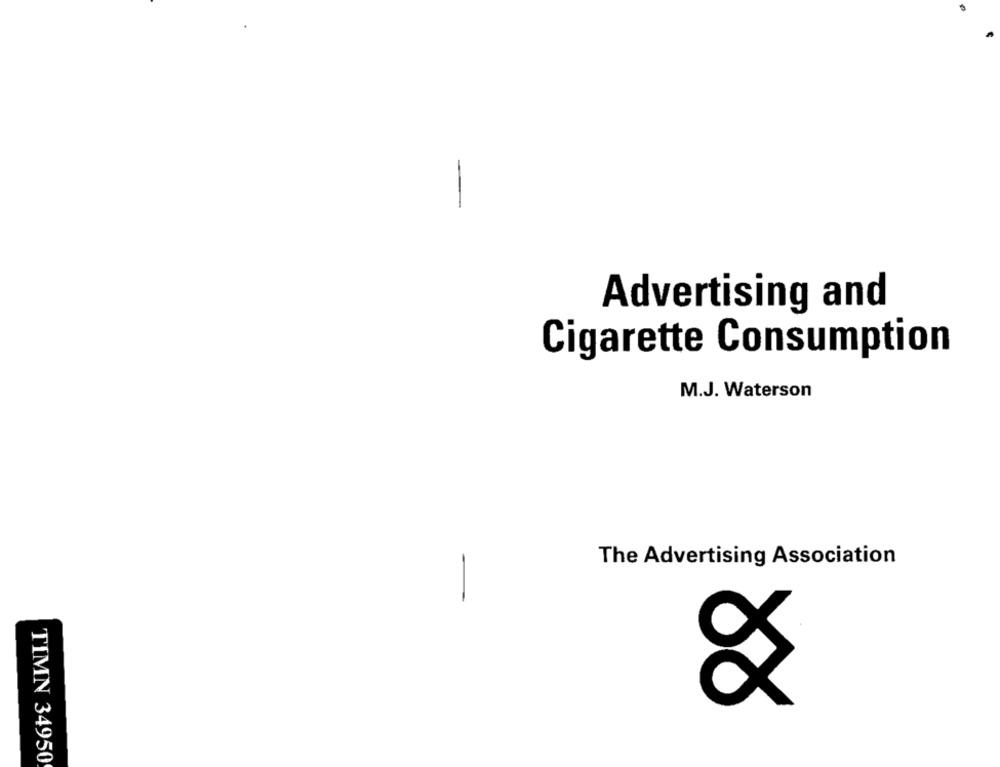
Advertising and
Cigarette Consumption
M.J. Waterson
The Advertising Association
&
TIMN 34950